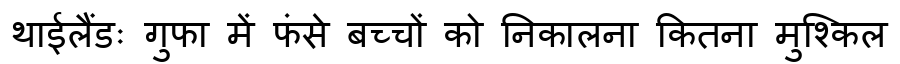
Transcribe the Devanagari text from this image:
थाईलैंडः गुफा में फंसे बच्चों को निकालना कितना मुश्किल